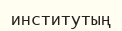
институтың